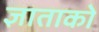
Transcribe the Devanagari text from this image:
ज्ञाताको